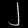
Digit: ၂